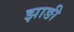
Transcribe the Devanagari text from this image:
झाङी